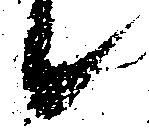
候